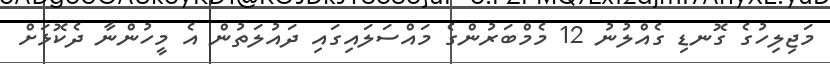
މަޖިލިހުގެ ގޮނޑި ގެއްލުނު 12 މެމްބަރުންގެ މައްސަލައިގައި ދައުލަތުން އެ މީހުންނާ ދެކޮޅަށް